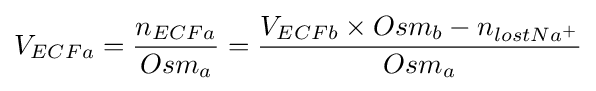
V_{ECFa}={\frac {n_{ECFa}}{Osm_{a}}}={\frac {V_{ECFb}\times Osm_{b}-n_{lostNa^{+}}}{Osm_{a}}}